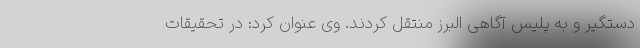
دستگیر و به پلیس آگاهی البرز منتقل کردند. وی عنوان کرد: در تحقیقات